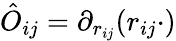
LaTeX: \hat{O}_{ij}=\partial_{r_{ij}}(r_{ij}\cdot)